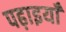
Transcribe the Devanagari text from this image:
पढ़ाइयाँ